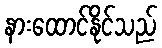
နားထောင်နိုင်သည်